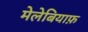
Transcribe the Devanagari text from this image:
मेलेबियाफ़